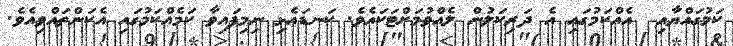
ކަމުގައްޔާއި  އެއްކަމުގައި އެ ދަރިކަލުން ލެއްވުމަށްޓަކައެވެ. ކަނޑައެޅި ނިމިފައިވާ ކަމެއްކަމުގައި އެކަންތައްވިއެވެ.